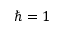
\hbar = 1